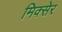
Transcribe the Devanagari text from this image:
मिक्सेर